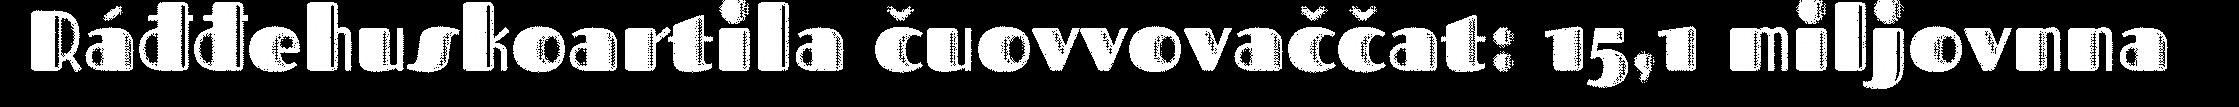
Ráđđehuskoartila čuovvovaččat: 15,1 miljovnna